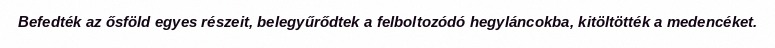
Befedték az ősföld egyes részeit, belegyűrődtek a felboltozódó hegyláncokba, kitöltötték a medencéket.